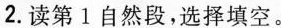
2. 读第1自然段,选择填空。